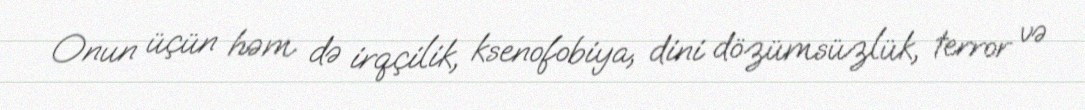
Onun üçün həm də irqçilik, ksenofobiya, dini dözümsüzlük, terror və